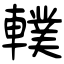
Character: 轐